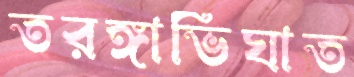
তরঙ্গাভিঘাত